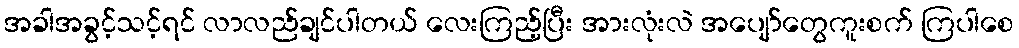
အခါအခွင့်သင့်ရင် လာလည်ချင်ပါတယ် လေးကြည့်ပြီး အားလုံးလဲ အပျော်တွေကူးစက် ကြပါစေ